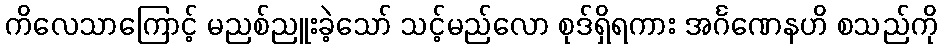
ကိလေသာကြောင့် မညစ်ညူးခဲ့သော် သင့်မည်လော စုဒ်ရှိရကား အင်္ဂဏေနဟိ စသည်ကို